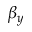
\beta _ { y }